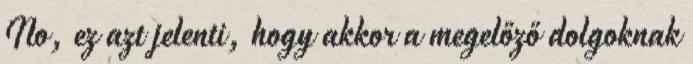
No, ez azt jelenti, hogy akkor a megelőző dolgoknak